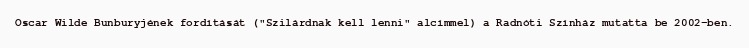
Oscar Wilde Bunburyjének fordítását ("Szilárdnak kell lenni" alcímmel) a Radnóti Színház mutatta be 2002-ben.